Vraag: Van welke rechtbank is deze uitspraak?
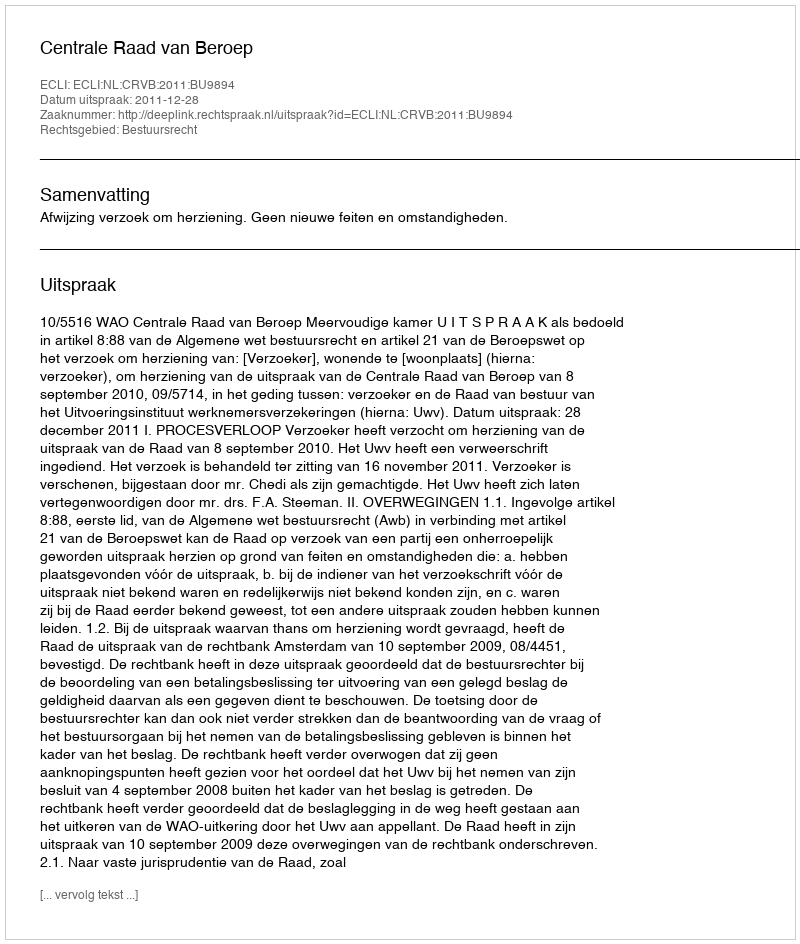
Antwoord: Centrale Raad van Beroep